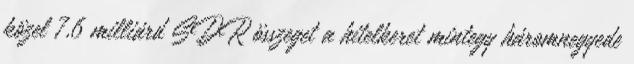
közel 7,6 milliárd SDR összeget a hitelkeret mintegy háromnegyede